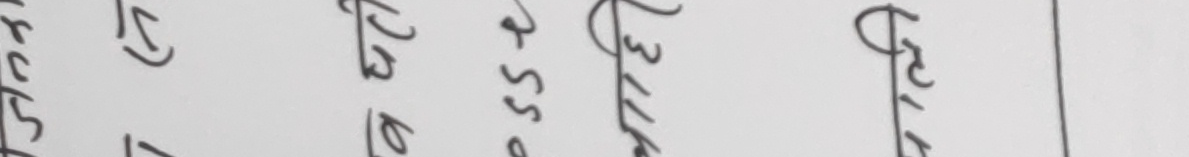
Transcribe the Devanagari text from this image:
रुत्च ५ १२७० रु ५.५० बुलेट गेट